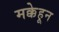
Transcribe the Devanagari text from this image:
मक्केहून